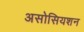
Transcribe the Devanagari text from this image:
असोसियशन